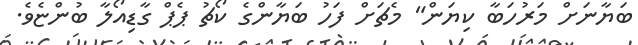
ބަޔާނަށް މަރުހަބާ ކިޔަން" މެޗަށް ފަހު ބަޔާންގެ ކޯޗު ޕެޕް ގާޑިއޯލާ ބުންޏެވެ.